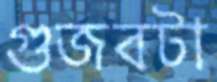
গুজবটা